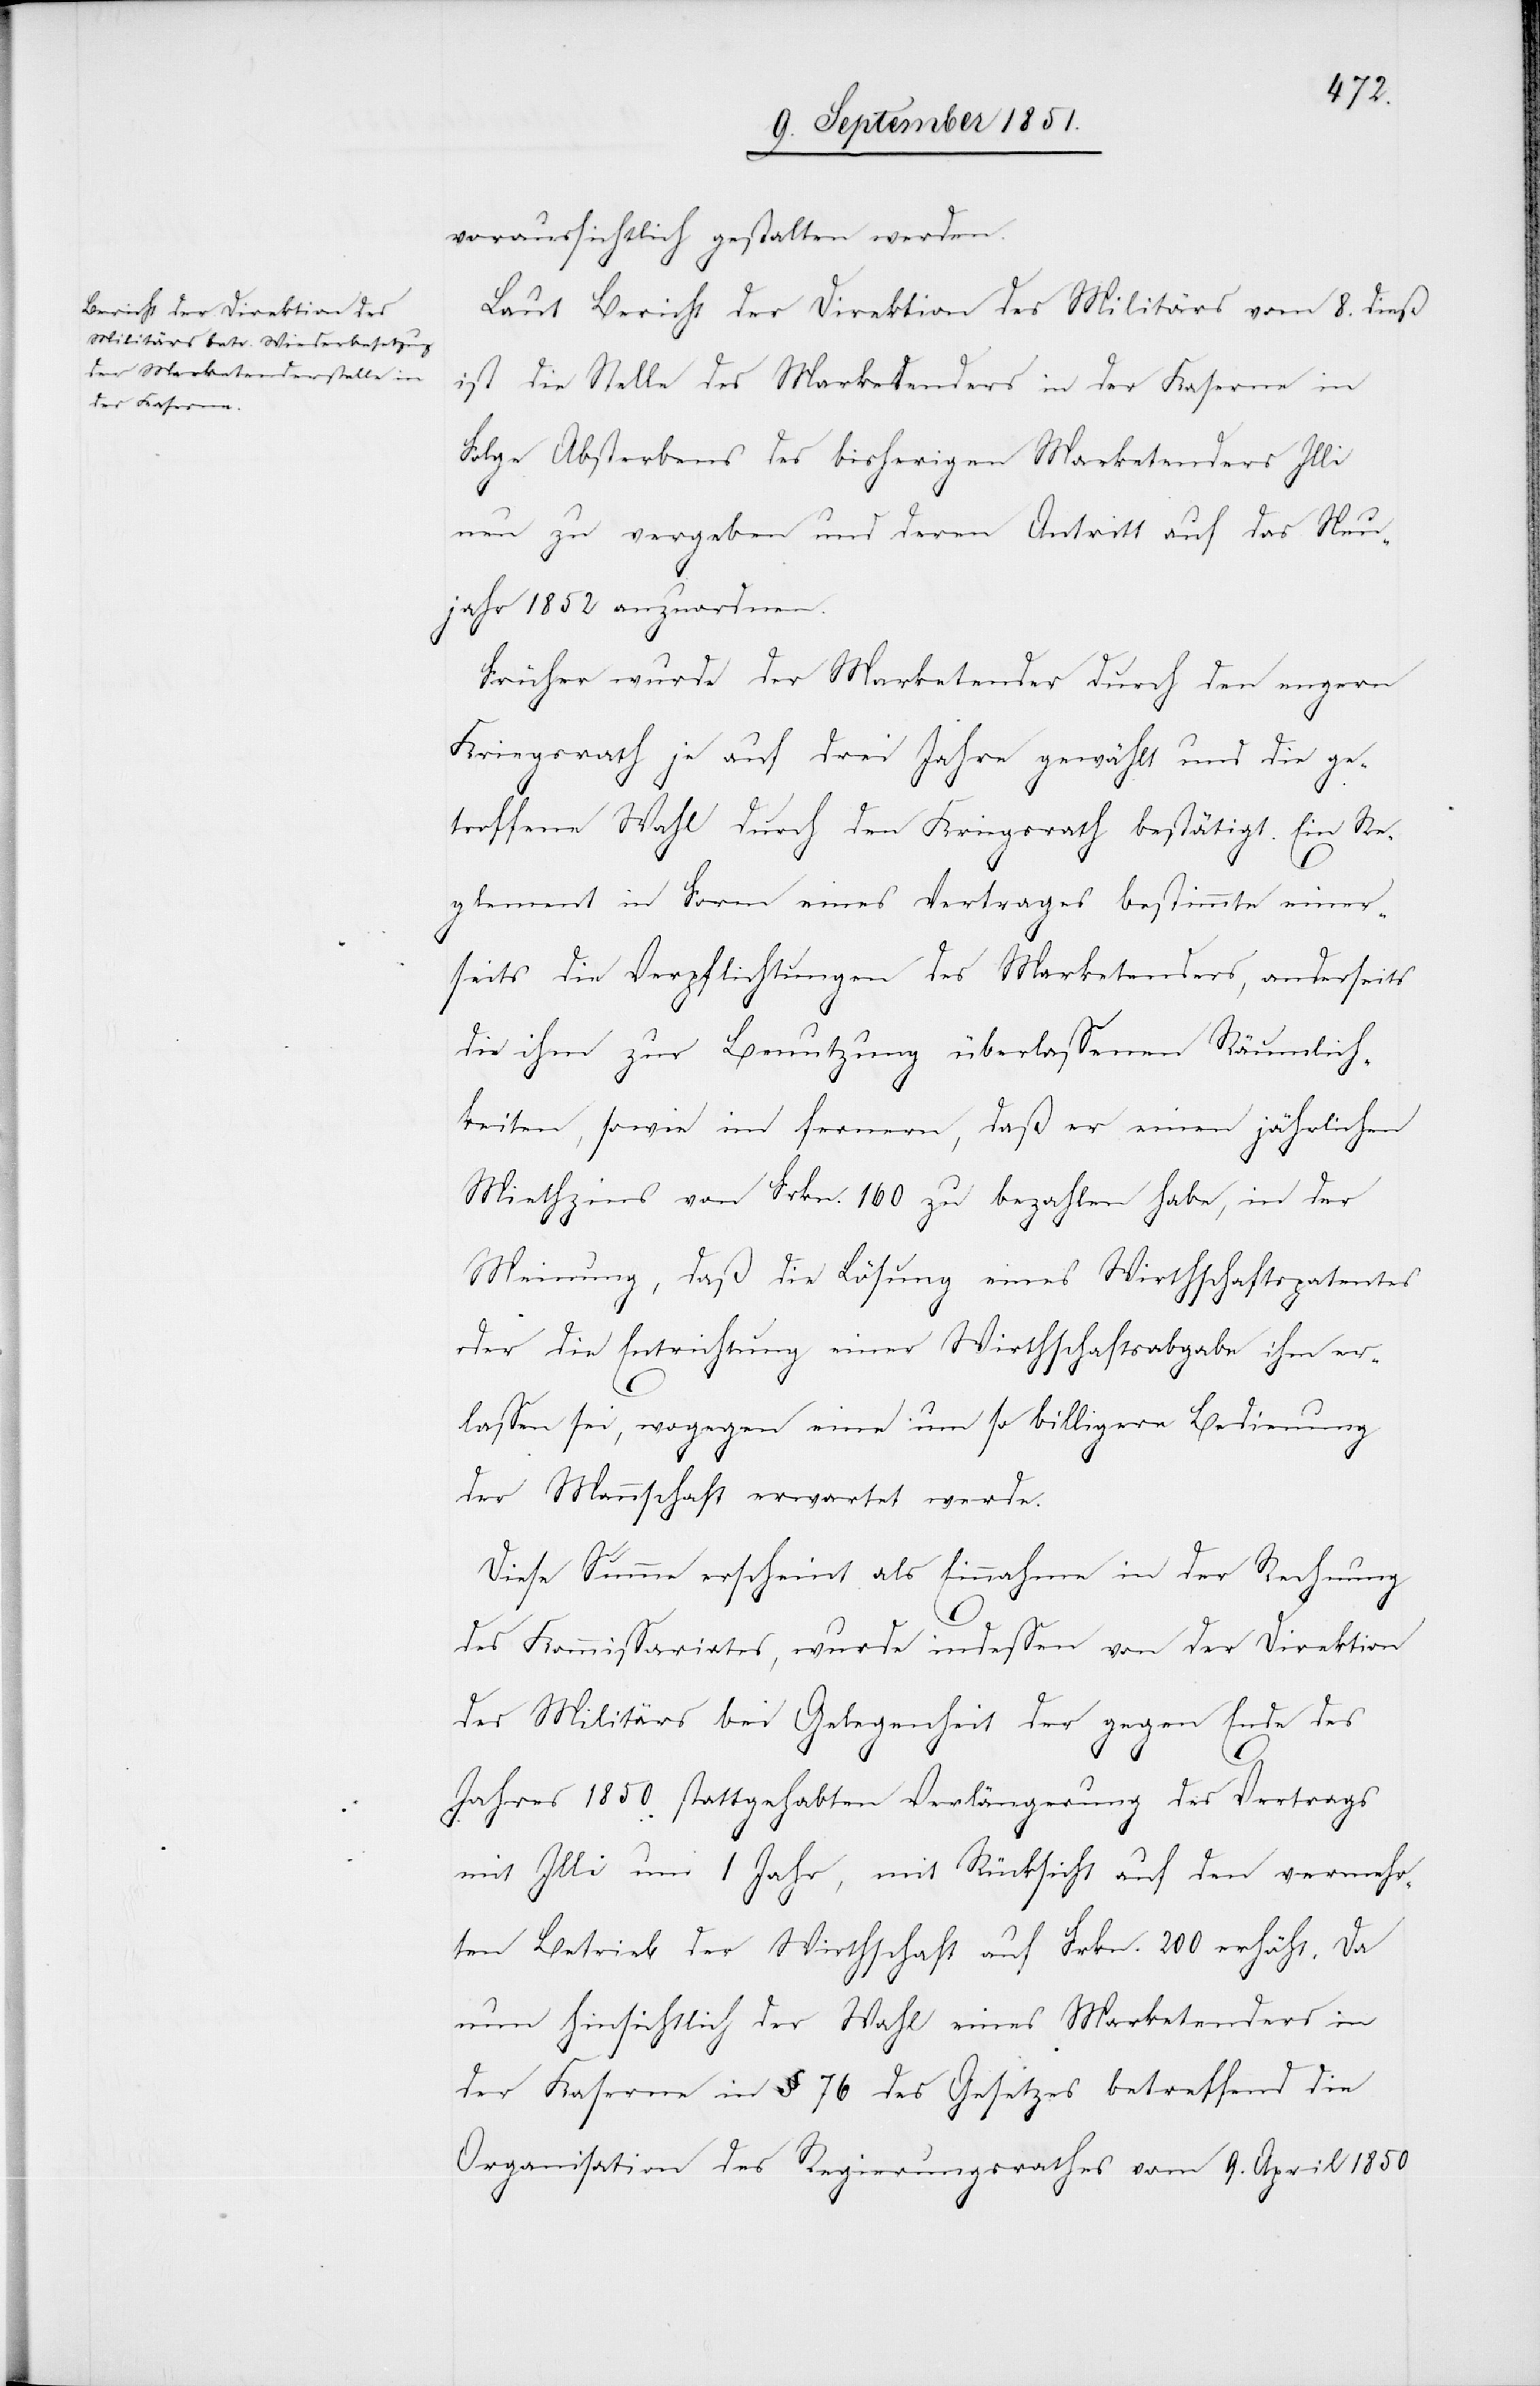
voraussichtlich gestalten werden.
Laut Bericht der Direktion des Militärs vom 8. dieß
ist die Stelle des Marketenders in der Kaserne in
Folge Absterbens des bisherigen Marketenders Illi
neu zu vergeben und deren Antritt auf das Neu¬
jahr 1852 anzuordnen.
Früher wurde der Marketender durch den engern
Kriegsrath je auf drei Jahre gewählt und die ge¬
troffene Wahl durch den Kriegsrath bestätigt. Ein Re¬
glement in Form eines Vertrages bestimmte einer¬
seits die Verpflichtungen des Marketenders, anderseits
die ihm zur Benutzung überlassenen Räumlich¬
keiten, sowie im fernern, daß er einen jährlichen
Miethzins von Frkn. 160 zu bezahlen habe, in der
Meinung, daß die Lösung eines Wirthschaftspatentes
oder die Entrichtung einer Wirthschaftsabgabe ihm er¬
lassen sei, wogegen eine um so billigere Bedienung
der Mannschaft erwartet werde.
Diese Summe erscheint als Einnahme in der Rechnung
des Kommissariates, wurde indessen von der Direktion
des Militärs bei Gelegenheit der gegen Ende des
Jahres 1850 stattgehabten Verlängerung des Vertrags
mit Illi um 1 Jahr, mit Rücksicht auf den vermehr¬
ten Betrieb der Wirthschaft auf Frkn. 200 erhöht. Da
nun hinsichtlich der Wahl eines Marketenders in
der Kaserne in § 76 des Gesetzes betreffend die
Organisation des Regierungsrathes vom 9. April 1850